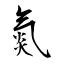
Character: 氮